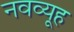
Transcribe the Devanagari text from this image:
नवव्यूह